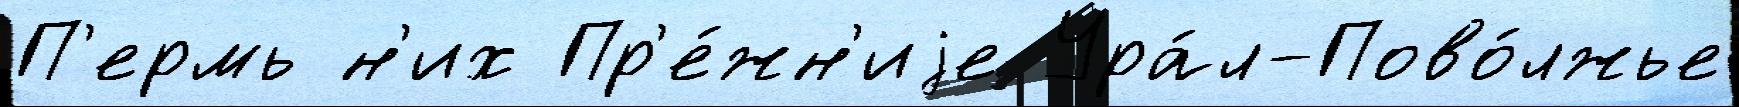
П'ермь н'их Пр'е́жн'иjе Ура́л-Пово́лжье